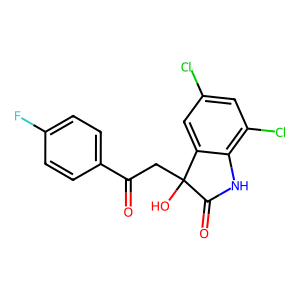
SMILES: O=C(CC1(O)C(=O)Nc2c(Cl)cc(Cl)cc21)c1ccc(F)cc1
Inhibits HIV replication: No